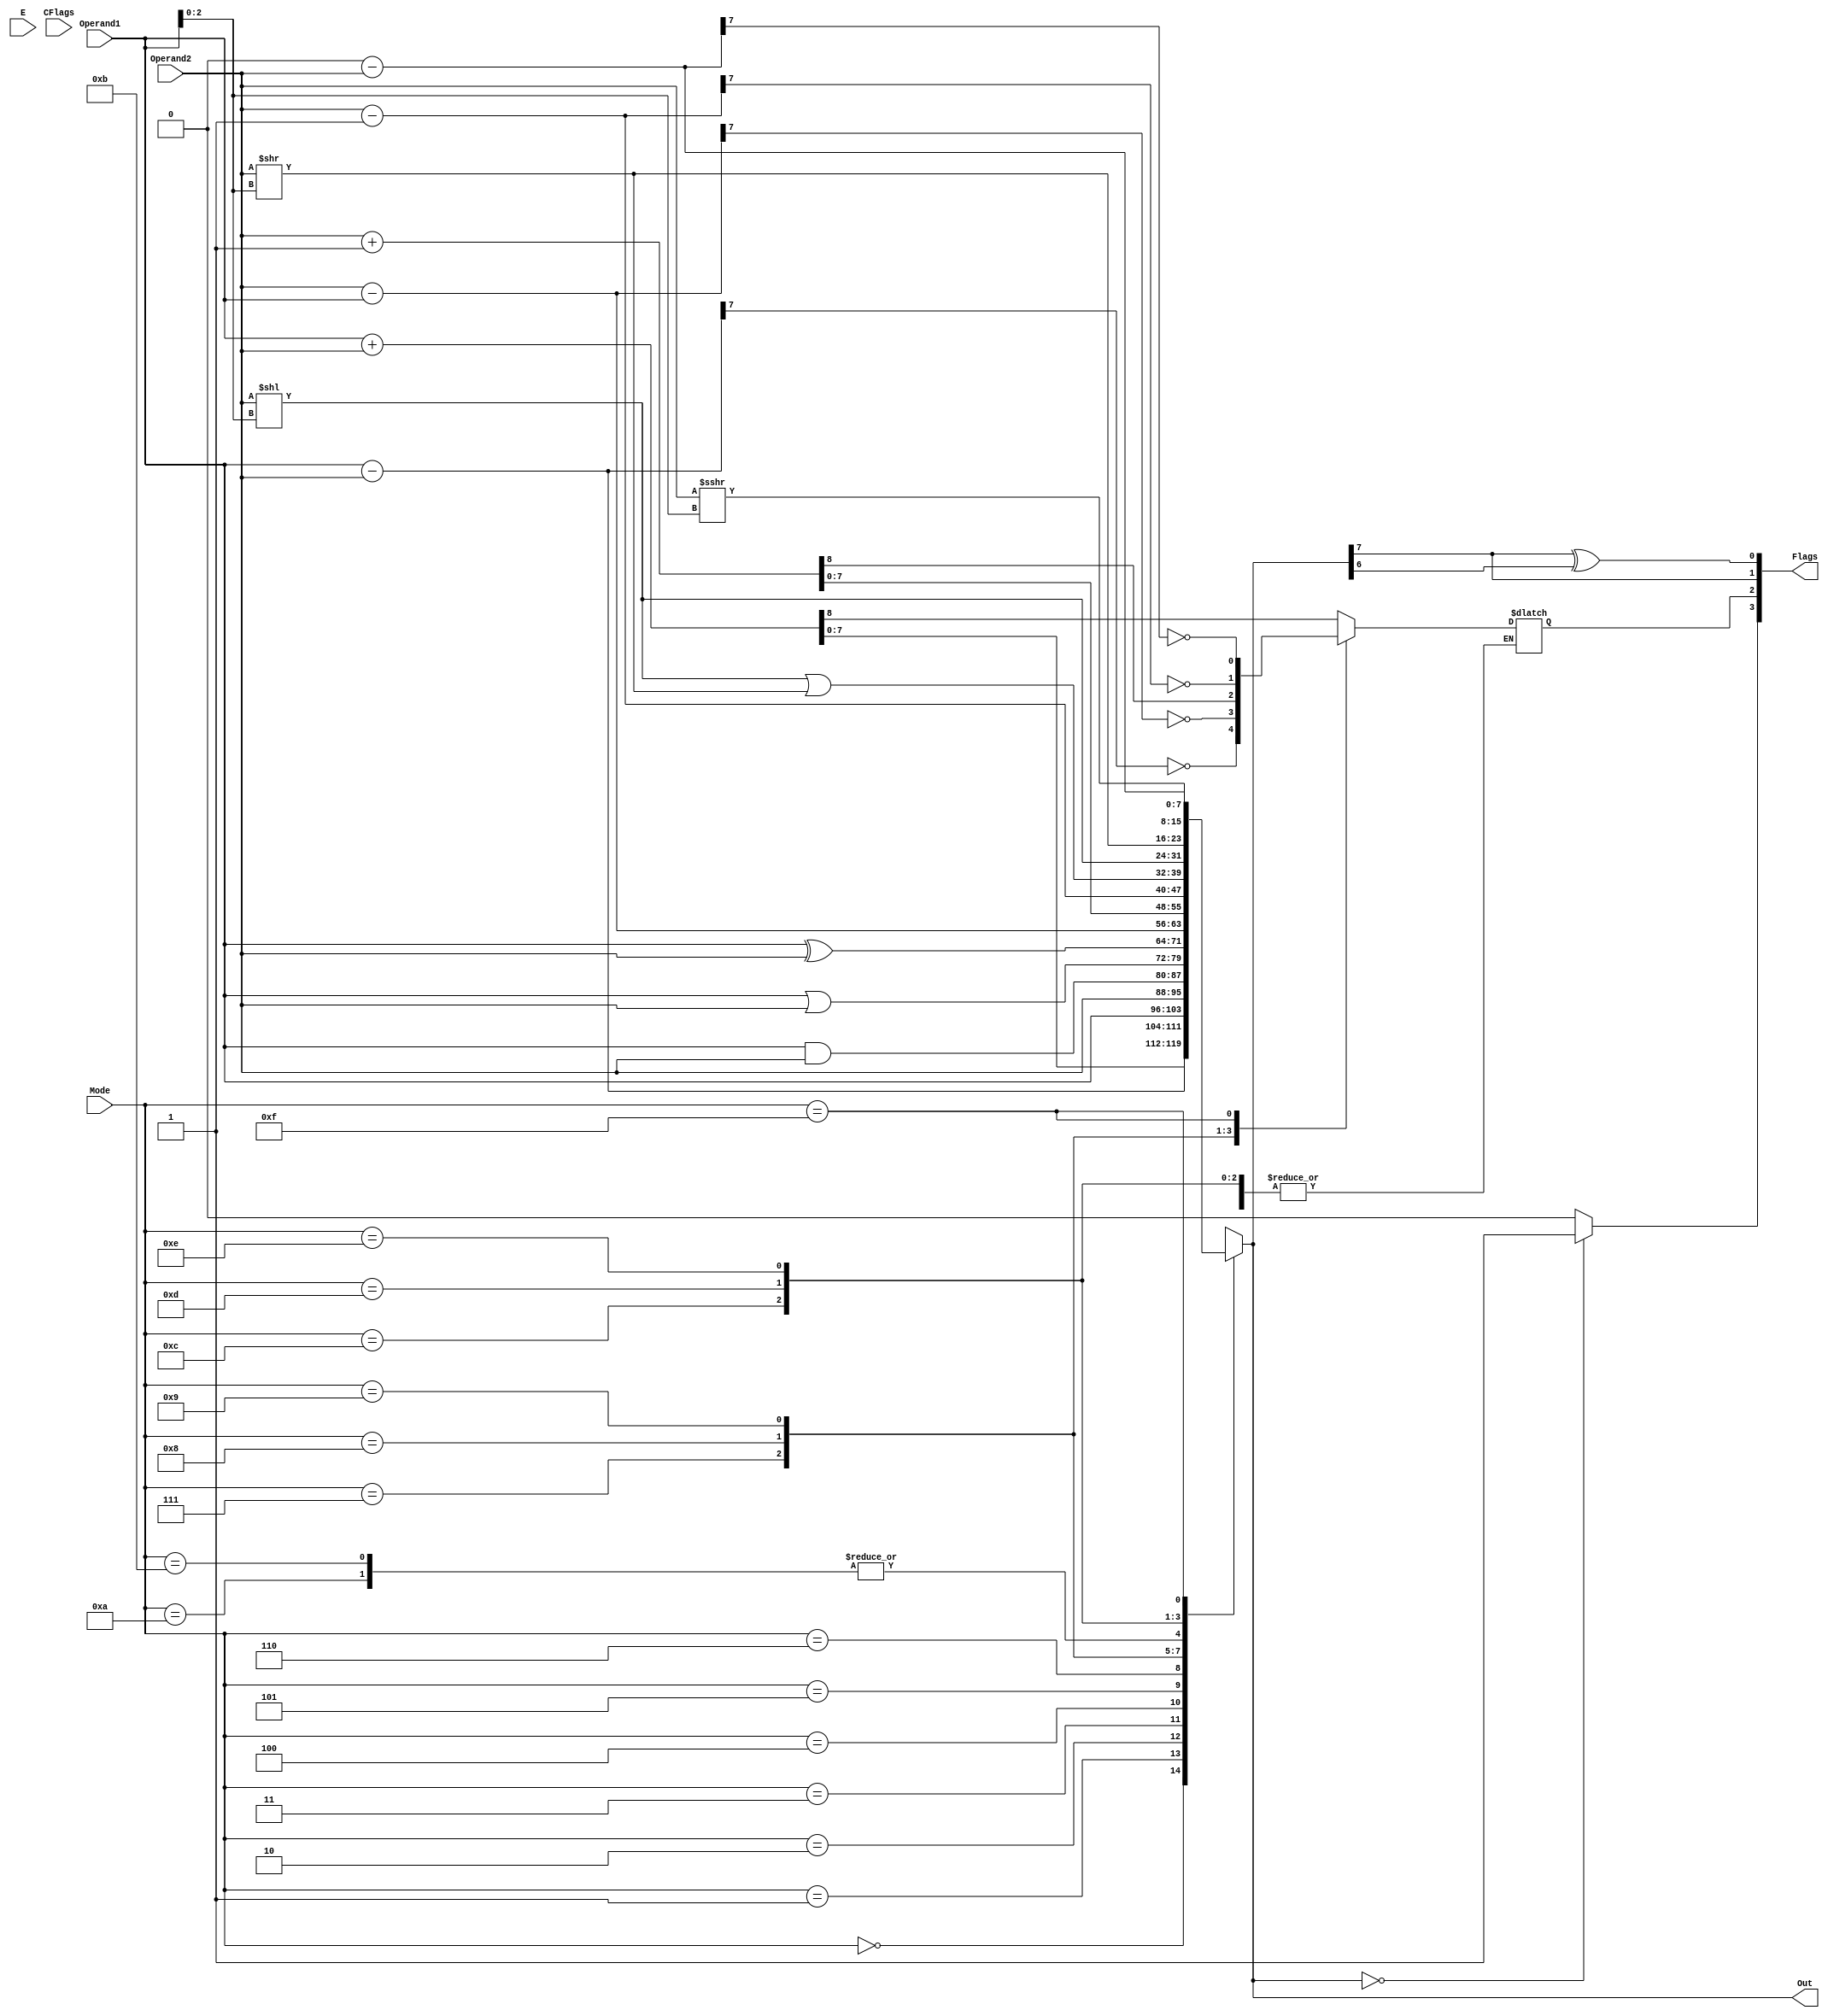
// Verilog code for ALU
module ALU(  input [7:0] Operand1,Operand2,
  input E, 
  input [3:0] Mode,
  input [3:0] CFlags,
  output  [7:0] Out,
  output  [3:0] Flags 
// the Z (zero), C (carry), S (sign),O (overflow) bits, from MSB to LSB, connected to status register 
   );
  wire Z,S,O;
  reg CarryOut;
  reg [7:0] Out_ALU;
  always @(*)
  begin
  case(Mode) 
  4'b0000: {CarryOut,Out_ALU} = Operand1 + Operand2;
  4'b0001: begin Out_ALU = Operand1 -  Operand2;
  CarryOut = !Out_ALU[7];
  end
  4'b0010: Out_ALU = Operand1;
  4'b0011: Out_ALU = Operand2;
  4'b0100: Out_ALU = Operand1 & Operand2;
  4'b0101: Out_ALU = Operand1 | Operand2;
  4'b0110: Out_ALU = Operand1 ^ Operand2;
  4'b0111: begin
  Out_ALU = Operand2 - Operand1;
  CarryOut = !Out_ALU[7];
  end
  4'b1000: {CarryOut,Out_ALU} = Operand2 + 8'h1;
  4'b1001: begin
  Out_ALU = Operand2 - 8'h1;
  CarryOut = !Out_ALU[7];
  end 
  4'b1010: Out_ALU = (Operand2 << Operand1[2:0])| ( Operand2 >> Operand1[2:0]);
  4'b1011: Out_ALU = (Operand2 >> Operand1[2:0])| ( Operand2 << Operand1[2:0]);
  4'b1100: Out_ALU = Operand2 << Operand1[2:0];
  4'b1101: Out_ALU = Operand2 >> Operand1[2:0];
  4'b1110: Out_ALU = Operand2 >>> Operand1[2:0];
  4'b1111: begin
 Out_ALU = 8'h0 - Operand2;
 CarryOut = !Out_ALU[7];
 end
 default: Out_ALU = Operand2;
 endcase
 end
 assign O = Out_ALU[7] ^ Out_ALU[6];
 assign Z = (Out_ALU == 0)? 1'b1 : 1'b0;
 assign S = Out_ALU[7];
 assign Flags = {Z,CarryOut,S,O};
 assign Out = Out_ALU;
// fpga4student.com: FPGA project, Verilog project, VHDL project
endmodule